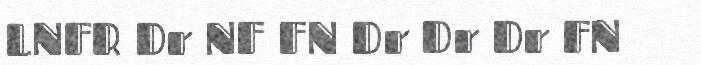
LNFR Dr NF FN Dr Dr Dr FN